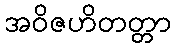
အဝိဇဟိတတ္တာ